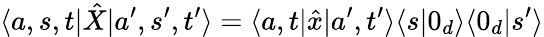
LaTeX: \langle a,s,t|\hat{X}|a^{\prime},s^{\prime},t^{\prime}\rangle=\langle a,t|\hat{x}|a^{\prime},t^{\prime}\rangle\langle s|0_{d}\rangle\langle 0_{d}|s^{\prime}\rangle